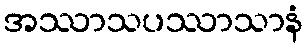
အဿာသပဿာသာနံ